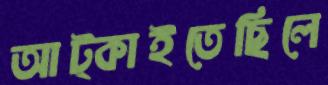
আট্‌কাইতেছিলে